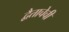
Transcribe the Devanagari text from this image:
द्वैताचेची